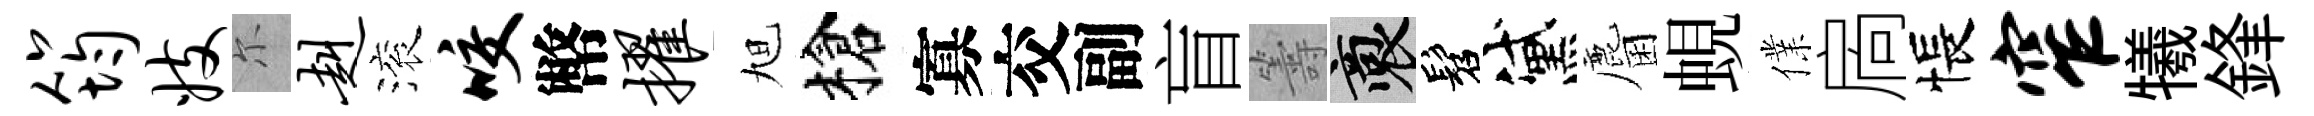
筠妓尓赳滚咬幣擢旭槍寡交副盲籌裔髫黛麕蜆㒒扄悵窄犧鋒